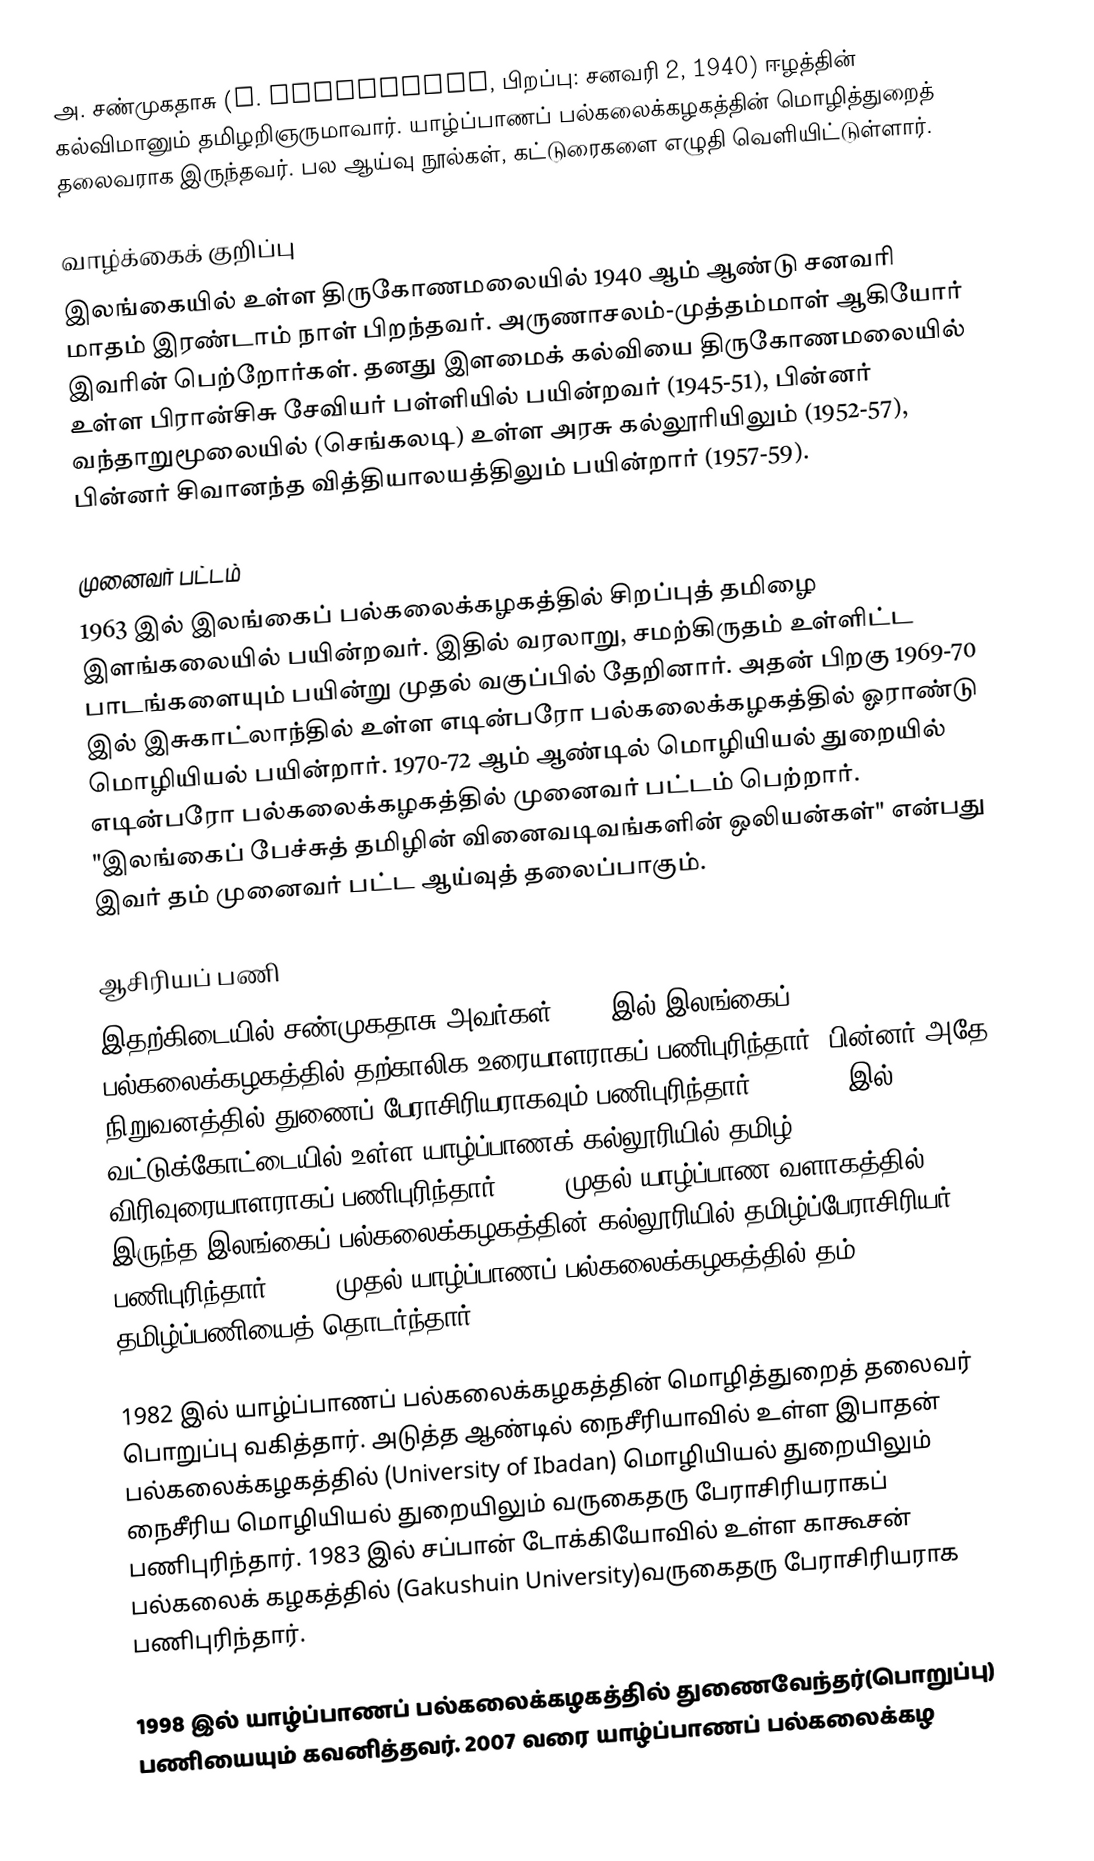
அ. சண்முகதாசு (A. Sanmugadas, பிறப்பு: சனவரி 2, 1940) ஈழத்தின் கல்விமானும் தமிழறிஞருமாவார். யாழ்ப்பாணப் பல்கலைக்கழகத்தின் மொழித்துறைத் தலைவராக இருந்தவர். பல ஆய்வு நூல்கள், கட்டுரைகளை எழுதி வெளியிட்டுள்ளார்.

வாழ்க்கைக் குறிப்பு
இலங்கையில் உள்ள திருகோணமலையில் 1940 ஆம் ஆண்டு சனவரி மாதம் இரண்டாம் நாள் பிறந்தவர். அருணாசலம்-முத்தம்மாள் ஆகியோர் இவரின் பெற்றோர்கள். தனது இளமைக் கல்வியை திருகோணமலையில் உள்ள பிரான்சிசு சேவியர் பள்ளியில் பயின்றவர் (1945-51), பின்னர் வந்தாறுமூலையில் (செங்கலடி) உள்ள அரசு கல்லூரியிலும் (1952-57), பின்னர் சிவானந்த வித்தியாலயத்திலும் பயின்றார் (1957-59).

முனைவர் பட்டம்
1963 இல் இலங்கைப் பல்கலைக்கழகத்தில் சிறப்புத் தமிழை இளங்கலையில் பயின்றவர். இதில் வரலாறு, சமற்கிருதம் உள்ளிட்ட பாடங்களையும் பயின்று முதல் வகுப்பில் தேறினார். அதன் பிறகு 1969-70 இல் இசுகாட்லாந்தில் உள்ள எடின்பரோ பல்கலைக்கழகத்தில் ஓராண்டு மொழியியல் பயின்றார். 1970-72 ஆம் ஆண்டில் மொழியியல் துறையில் எடின்பரோ பல்கலைக்கழகத்தில் முனைவர் பட்டம் பெற்றார். "இலங்கைப் பேச்சுத் தமிழின் வினைவடிவங்களின் ஒலியன்கள்" என்பது இவர் தம் முனைவர் பட்ட ஆய்வுத் தலைப்பாகும்.

ஆசிரியப் பணி
இதற்கிடையில் சண்முகதாசு அவர்கள் 1963 இல் இலங்கைப் பல்கலைக்கழகத்தில் தற்காலிக உரையாளராகப் பணிபுரிந்தார். பின்னர் அதே நிறுவனத்தில் துணைப் பேராசிரியராகவும் பணிபுரிந்தார். 1965-68 இல் வட்டுக்கோட்டையில் உள்ள யாழ்ப்பாணக் கல்லூரியில் தமிழ் விரிவுரையாளராகப் பணிபுரிந்தார். 1975 முதல் யாழ்ப்பாண வளாகத்தில் இருந்த இலங்கைப் பல்கலைக்கழகத்தின் கல்லூரியில் தமிழ்ப்பேராசிரியர் பணிபுரிந்தார். 1976 முதல் யாழ்ப்பாணப் பல்கலைக்கழகத்தில் தம் தமிழ்ப்பணியைத் தொடர்ந்தார்.

1982 இல் யாழ்ப்பாணப் பல்கலைக்கழகத்தின் மொழித்துறைத் தலைவர் பொறுப்பு வகித்தார். அடுத்த ஆண்டில் நைசீரியாவில் உள்ள இபாதன் பல்கலைக்கழகத்தில் (University of Ibadan) மொழியியல் துறையிலும்  நைசீரிய மொழியியல் துறையிலும் வருகைதரு பேராசிரியராகப் பணிபுரிந்தார். 1983 இல் சப்பான் டோக்கியோவில் உள்ள காகூசன் பல்கலைக் கழகத்தில் (Gakushuin University)வருகைதரு பேராசிரியராக பணிபுரிந்தார்.

1998 இல் யாழ்ப்பாணப் பல்கலைக்கழகத்தில் துணைவேந்தர்(பொறுப்பு) பணியையும் கவனித்தவர். 2007 வரை யாழ்ப்பாணப் பல்கலைக்கழ